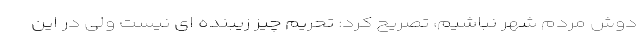
دوش مردم شهر نباشیم، تصریح کرد: تحریم چیز زیبنده ای نیست ولی در این